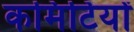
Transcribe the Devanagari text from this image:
कमिटियों